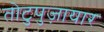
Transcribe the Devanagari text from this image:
तोटुपुज़ायार